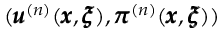
( { \pmb u } ^ { ( n ) } ( { \pmb x } , { \pmb \xi } ) , { \pmb \pi } ^ { ( n ) } ( { \pmb x } , { \pmb \xi } ) )